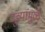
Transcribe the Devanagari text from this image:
दुव्यांमुळे